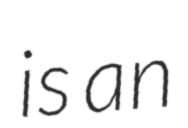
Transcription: is an